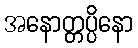
အနောတ္တပ္ပိနော